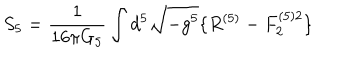
LaTeX: S _ { 5 } = \frac { 1 } { 1 6 \pi G _ { 5 } } \int d ^ { 5 } \sqrt { - g ^ { 5 } } \{ R ^ { ( 5 ) } - F _ { 2 } ^ { ( 5 ) 2 } \}